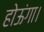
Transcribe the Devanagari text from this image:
होऊंगा।